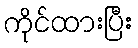
ကိုင်ထားပြီး